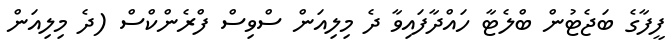
ފީފާގެ ބަޖެޓުން ބްލެޓާ ހައްދާފައިވާ ދެ މިލިއަން ސްވިސް ފްރެންކްސް (ދެ މިލިއަން